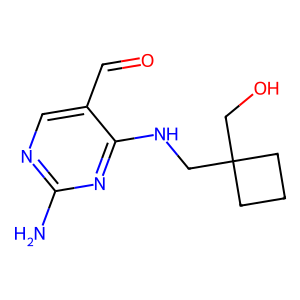
SMILES: Nc1ncc(C=O)c(NCC2(CO)CCC2)n1
Inhibits HIV replication: No